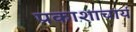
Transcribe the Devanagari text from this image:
प्रकाशाचार्य